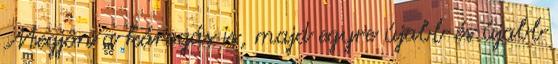
Megjön a károgás is, majd egyre újabb és újabb